Indian journal of veterinary science and animal husbandry - Volume 8,
Year: 1938
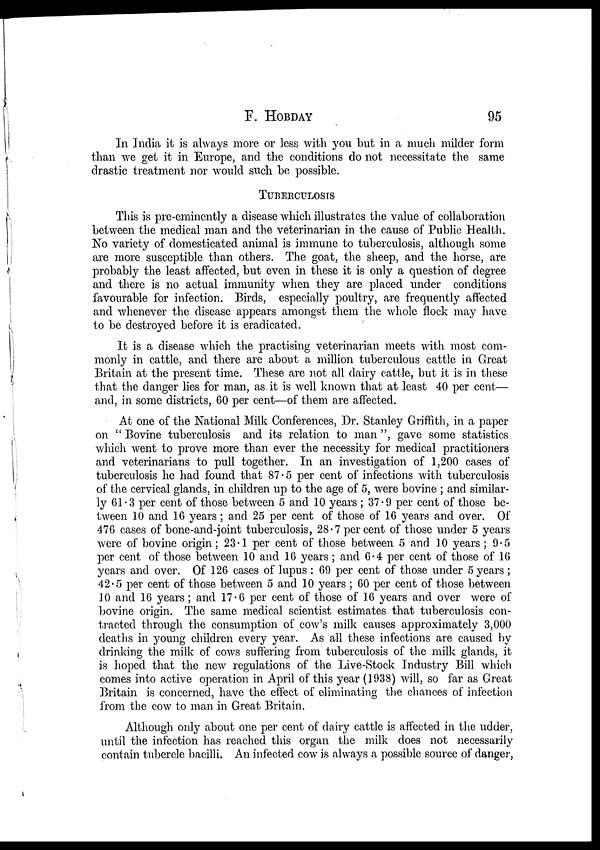
F.
HOBDAY
95
In India it is always more or less with you but in a much milder form
than we get it in Europe, and the conditions do not necessitate the same
drastic treatment nor would such be possible.
TUBERCULOSIS
This is pre-eminently a disease which illustrates the value of collaboration
between the medical man and the veterinarian in the cause of Public Health.
No variety of domesticated animal is immune to tuberculosis, although some
are more susceptible than others. The goat, the sheep, and the horse, are
probably the least affected, but even in these it is only a question of degree
and there is no actual immunity when they are placed under conditions
favourable for infection. Birds, especially poultry, are frequently affected
and whenever the disease appears amongst them the whole flock may have
to be destroyed before it is eradicated.
It is a disease which the practising veterinarian meets with most com-
monly in cattle, and there are about a. million tuberculous cattle in Great
Britain at the present time. These are not all dairy cattle, but it is in these
that the danger lies for man, as. it is well known that at least 40 per cent—
and, in some districts, 60 per cent—of them are affected.
At one of the National Milk Conferences, Dr. Stanley Griffith, in a paper
on " Bovine tuberculosis and its relation to man ", gave some statistics
which went to prove more than ever the necessity for medical practitioners
and veterinarians to pull together. In an investigation of 1,200 cases of
tuberculosis he had found that 87.5 per cent of infections with tuberculosis
of the cervical glands, in children up to the age of 5, were bovine ; and similar-
ly 61.3 per cent of those between 5 and 10 years ; 37.9 per cent of those be-
tween 10 and 16 years ; and 25 per cent of those of 16 years and over. Of
476 cases of bone-and-joint tuberculosis, 28. 7 per cent of those under 5 years
were of bovine origin; 23.1 per cent of those between 5 and 10 years; 9.5
per cent of those between 10 and 16 years ; and 6.4 per cent of those of 16
years and over. Of 126 cases of lupus : 69 per cent of those under 5 years ;
42.5 per cent of those between 5 and 10 years ; 60 per cent of those between
10 and 16 years ; and 17.6 per cent of those of 16 years and over were of
bovine origin. The same medical scientist estimates that tuberculosis con-
tracted through the consumption of cow's milk causes approximately 3,000
deaths in young children every year. As all these infections are caused by
drinking the milk of cows suffering from tuberculosis of the milk glands, it
is hoped that the new regulations of the Live-Stock Industry Bill which
comes into active operation in April of this year (1938) will, so far as Great
Britain is concerned, have the effect of eliminating the chances of infection
from the cow to man in Great Britain.
Although only about one per cent of dairy cattle is affected in the udder,
until the infection has reached this organ the milk does not necessarily
contain tubercle bacilli. An infected cow is always a possible source of danger,